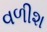
વળીશ